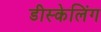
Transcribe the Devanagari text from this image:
डीस्केलिंग